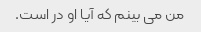
من می بینم که آیا او در است.